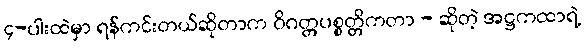
၄-ပါးထဲမှာ ရန်ကင်းတယ်ဆိုတာက ဝိဂတ္တပစ္စတ္တိကတာ - ဆိုတဲ့ အဋ္ဌကထာရဲ့